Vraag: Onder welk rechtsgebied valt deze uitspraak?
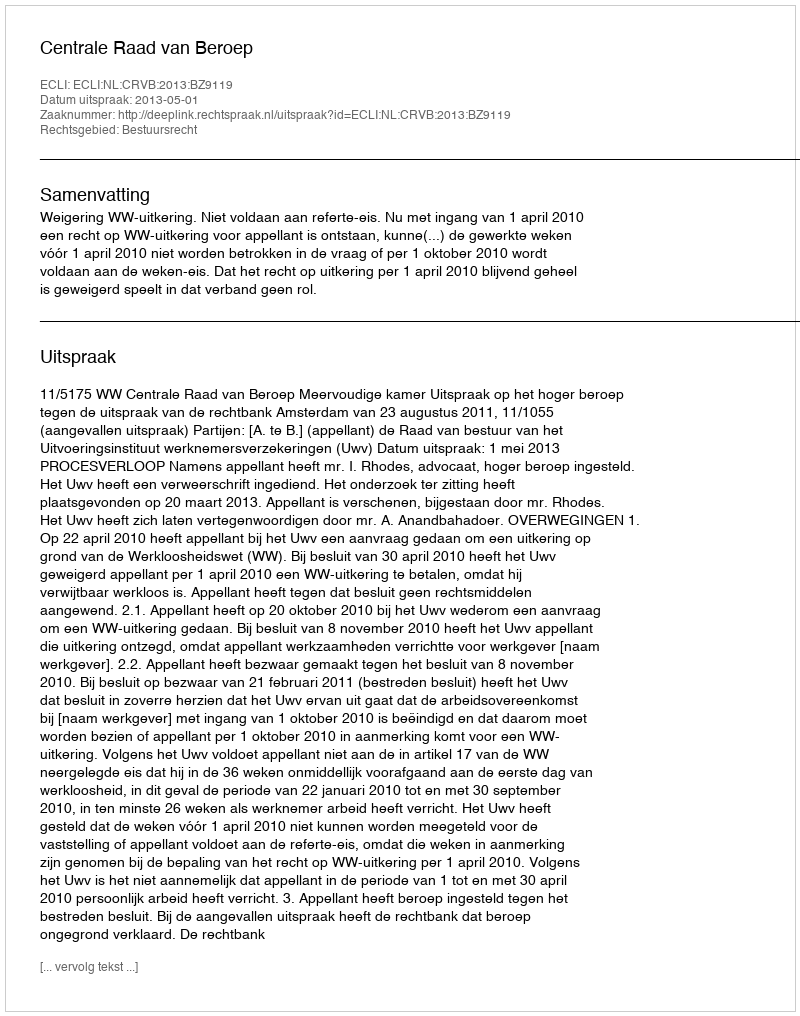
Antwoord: Bestuursrecht